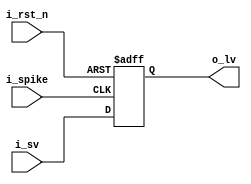

module lv_reg
#(
parameter  p_width = 20
)
(
input                        i_spike,
input                        i_rst_n,
input   [p_width-1:0]        i_sv,
output  [p_width-1:0]        o_lv
);
reg  [p_width-1:0] r_last_value;

assign  o_lv = r_last_value; 
always @(posedge i_spike or negedge i_rst_n)
begin
	if(!i_rst_n) 
	  r_last_value <= {(p_width){1'h0}};
	else 
	  r_last_value <= i_sv;
end
endmodule